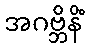
အဂဗ္ဘိနိံ